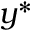
y ^ { * }